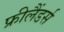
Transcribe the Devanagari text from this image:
फ्रीलैंडर्स